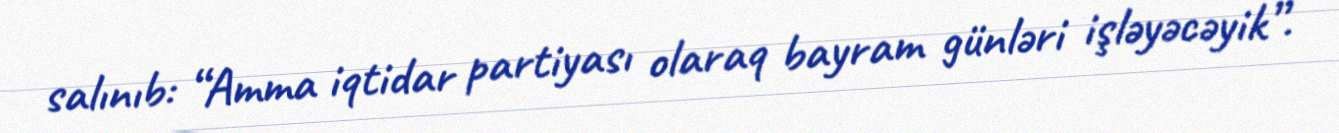
salınıb: “Amma iqtidar partiyası olaraq bayram günləri işləyəcəyik”.